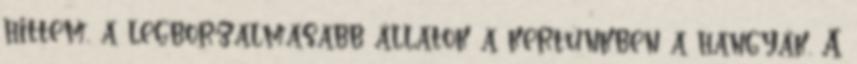
hittem, a legborzalmasabb állatok a kertünkben a hangyák. A